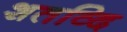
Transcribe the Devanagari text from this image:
शतव्दि